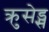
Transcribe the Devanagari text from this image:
क्रुसेड्स